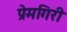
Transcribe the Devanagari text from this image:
प्रेमगिरी